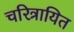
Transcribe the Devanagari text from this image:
चरित्रायित